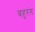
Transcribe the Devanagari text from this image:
बहुरंग